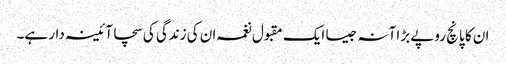
ان کا پانچ روپے بڑا آنہ جیسا ایک مقبول نغمہ ان کی زندگی کی سچا آئینہ دار ہے۔